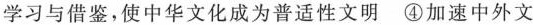
学习与借鉴，使中华文化成为普适性文明 ④加速中外文